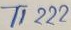
Text: T1222